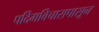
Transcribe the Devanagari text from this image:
पदिमविचारापासून